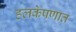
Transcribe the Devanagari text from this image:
हलकेपणात